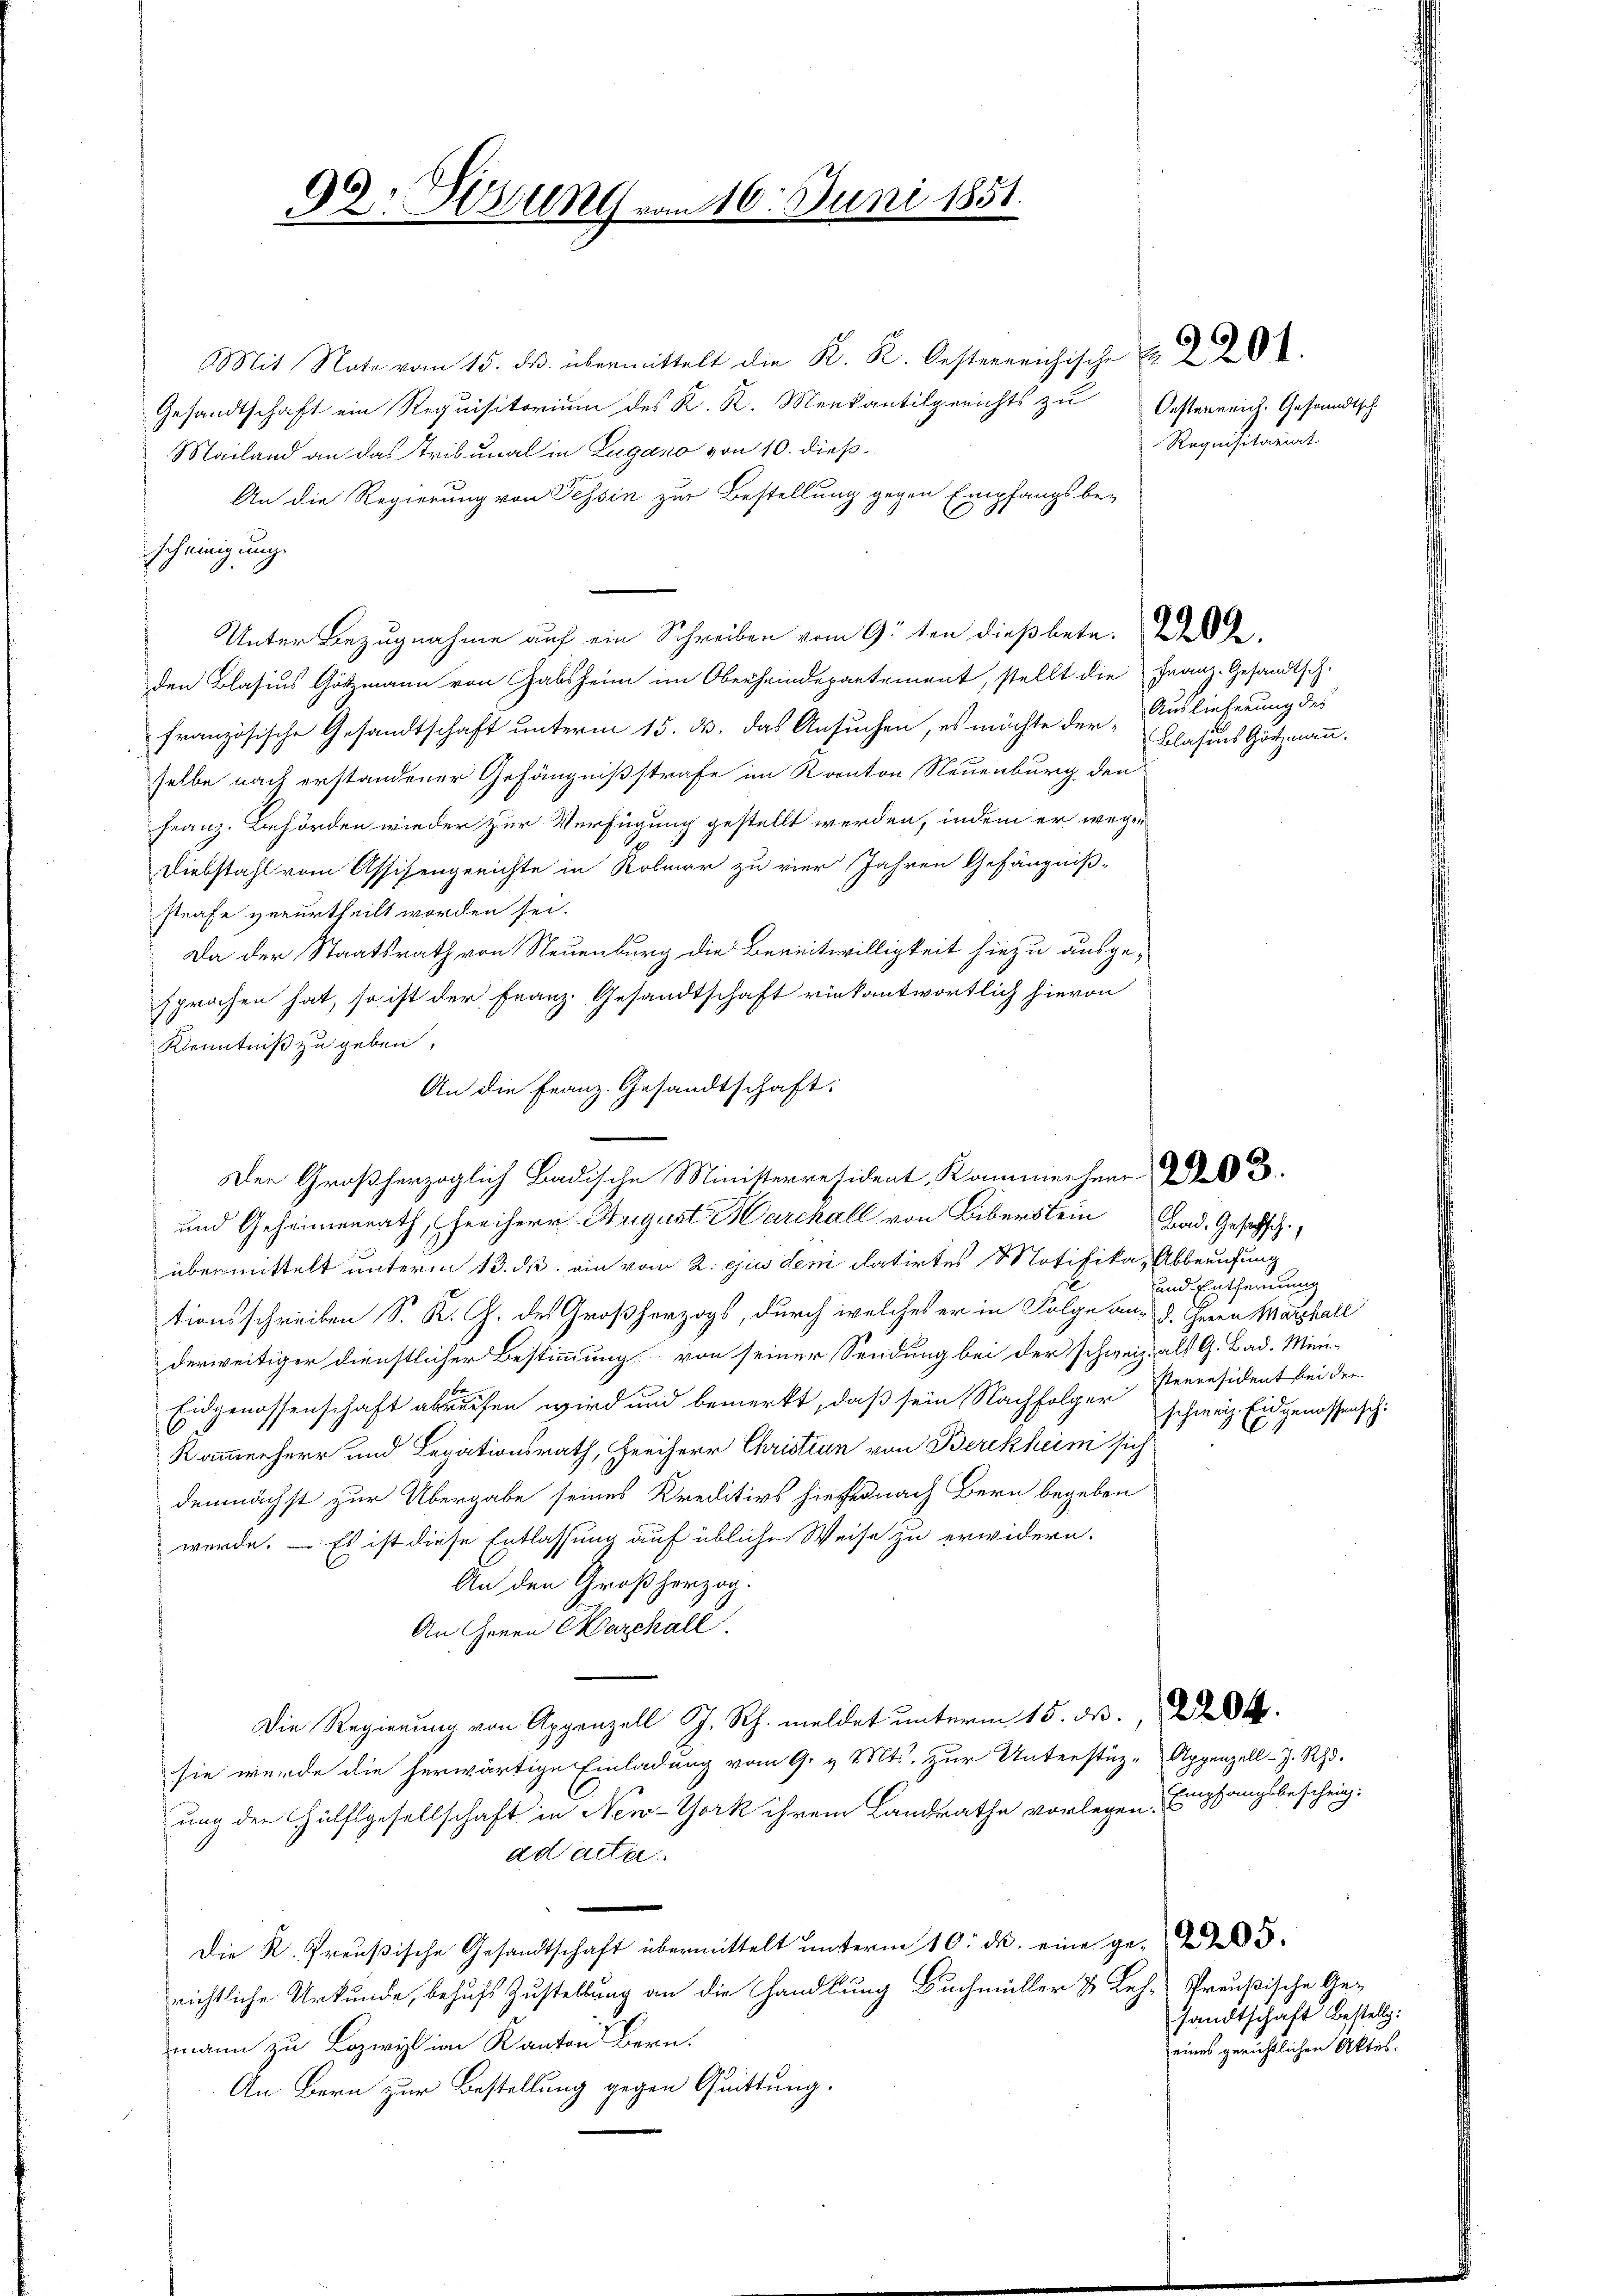
90: Gesung vom 16. Juni 1851.

Mit Rate vom 15. ds. übermittelt die K. K. Oesterreichische
Gesandtschaft ein Requisitorium des K. R. Merkantilgerichts zu Oesterreich. Gesandtsch
Mailand an das Tribunal in Zugano von 10. dieß¬
An die Regierung von Tessin zur Bestellung gegen Empfangsbe-
E
scheinigung
Unter Bezugnahme auf ein Schreiben vom 9ten dießbete. Wede
den Blasius Götzmann von Gabsheim im Oberheindepartement, stellt die Franz.-Gesandtsch-
französische Gesandtschaft unterm 15. d. das Ansuchen, es möchte der-
selbe nach erstandener Gefängnißstrafe im Kanton Neuenburg den
Franz. Behörden wieder zur Verfügung gestellt werden, indem er wege
Diebstahl vom Assisengerichte in Kolmar zu vier Jahren Gefängniß-
strafe verurtheilt worden sei.
Da der Staatsrath von Neuenburg die Bereitwilligkeit hiezu ausgesprochen hat, so ist der Franz. Gesandtschaft rückantwortlich hievon
Kenntniß zu geben,
übermittelt unterm 13. ds. ein vom 2. ejus dem datirtes Motifika, Abberufung
tionsschreiben S. K. G. des Großherzogs, durch welches er in Folge an, d. ihren Watthall
derweitiger dienstlicher Bestimmung von seiner Sendung bei der schweiz. als G. Bad. Mini-
Eidgenossenschaft abreisen wird und bemerkt, daß sein Nachfolger
Kammerherr und Legationsrath, Freiherr Christian von Berckheim sich
demnächst zur Übergabe seines Kreditirs hiefe nach Bern begeben
werde. Es ist diese Entlassung auf übliche Weise zu erwidern.
An den Großherzog.
An Herrn Marchall
Die Regierung von Appenzell J. Rh. meldet unterm 15. ds.
sie wurde die herwärtige Einladung vom 9. v. Mts. zur Unterstüz-Appenzell-Z. Rh.
ung der Hülfsgesellschaft in New-York ihrem Landrathe vorlegen.
ad acta
Die K. Preußische Gesandtschaft übermittelt ŭnterm 10. ds. eine ge-
richtliche Urkunde, behufs Zustellung an die Handlung Bachmüller & Leh-Preußische Gemann zu Bozwiz im Kanton Bern.
An Bern zur Bestellung gegen Quittung.

An die Franz. Gesandtschaft.
Der Großherzoglich Badische Ministerresident, Kammenherr
und Geheimenrath, Freiherr August Marchall von Biberstein Bad. Gesetzsch

Requisitariat

Auslieferung des
Blasius Götzmann.

und Entfernung
seeresident bei der
schweiz. Eidgenossensch.

Empfangsbeschein:

sandtschaft Bestellg:
eines gerichtlichen Aktes.